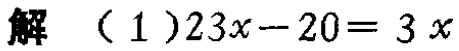
解 （1）\(23x - 20 = 3x\)